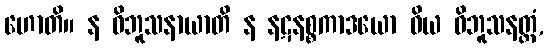
ဟောတိ။ န ဝိဘူသနာယာတိ န နဋနစ္စကာဒယော ဝိယ ဝိဘူသနတ္ထံ,